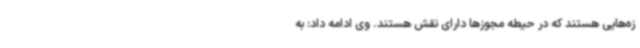
زه‌هایی هستند که در حیطه مجوزها دارای نقش هستند. وی ادامه داد: به